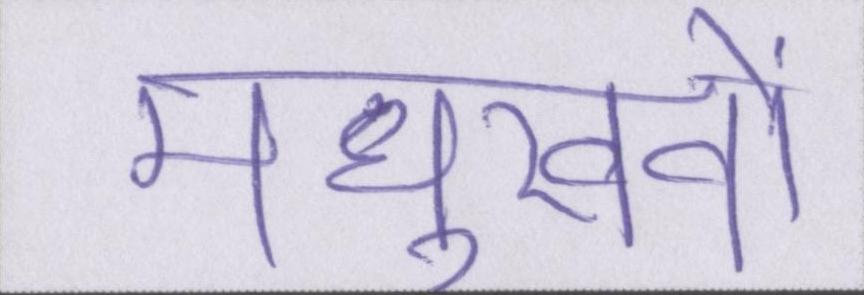
मधुखवों